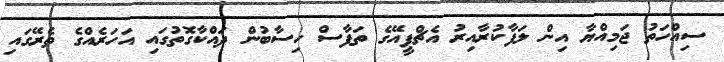
ސިއްހަތު ޖަމިއްޔާ އިން ލަފާކުރާއިރު އެޗްޕީއޭގެ ތަފާސް ހިސާބުން ދައްކާގޮތުގައި އަަހަރެއްގެ ތެރޭގައި